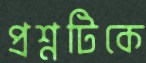
প্রশ্নটিকে